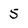
Character: 5